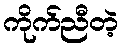
ကိုက်ညီတဲ့